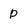
Character: p